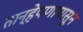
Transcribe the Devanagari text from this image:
तान्हेपणापासून